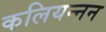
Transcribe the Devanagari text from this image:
कलियन्नन